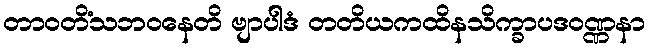
တာဝတိံသဘဝနေတိ ဗျာပါဒံ တတိယကထိနသိက္ခာပဒဝဏ္ဏနာ